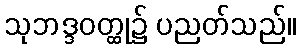
သုဘဒ္ဒဝတ္ထု၌ ပညတ်သည်။